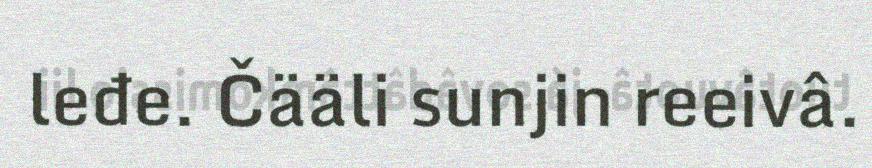
leđe. Čääli sunjin reeivâ.